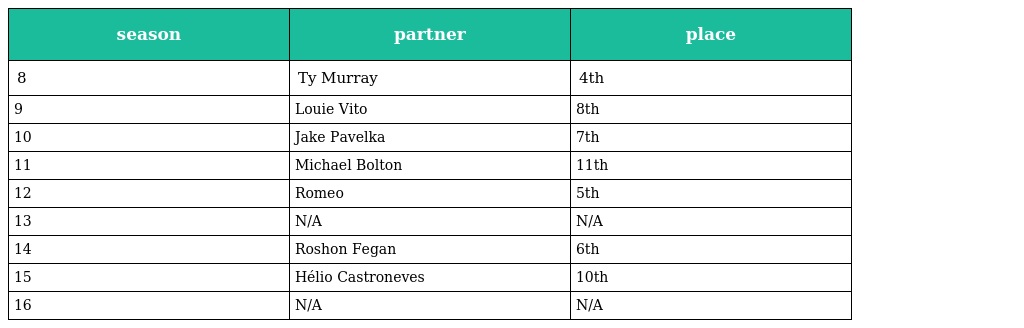
| season | partner | place |
 | --- | --- | --- |
 | 8 | Ty Murray | 4th |
 | 9 | Louie Vito | 8th |
 | 10 | Jake Pavelka | 7th |
 | 11 | Michael Bolton | 11th |
 | 12 | Romeo | 5th |
 | 13 | N/A | N/A |
 | 14 | Roshon Fegan | 6th |
 | 15 | Hélio Castroneves | 10th |
 | 16 | N/A | N/A |